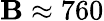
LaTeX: \mathbf{B}\approx760